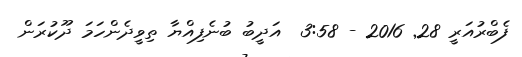
ފެބްރުއަރީ 28